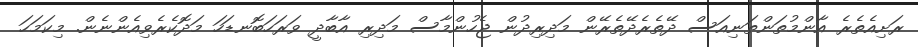
ރަށިއެތެރެ އާންމުތަންތަނިއަސް ދޭތެރެދޭތެރޭން މަދިރިދުން ޖެހުންމާސް މަދިރި އާބާދީ ވަރަހަބޮނޑަހަ މަދޮކެރެވިއެންނެން. މިކަމަހަ